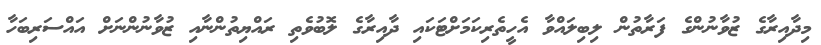
މިދާއިރާގެ ޒުވާނުންގެ ފަރާތުން ލިބިލައްވާ އެހީތެރިކަމަށްޓަކައި ދާއިރާގެ ލޮބުވެތި ރައްޔިތުންނާއި ޒުވާނުންނަށް އައްސަރިބަހާ